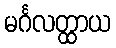
မင်္ဂလတ္ထာယ